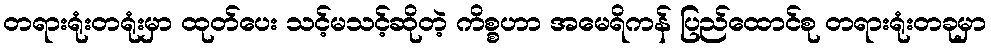
တရားရုံးတရုံးမှာ ထုတ်ပေး သင့်မသင့်ဆိုတဲ့ ကိစ္စဟာ အမေရိကန် ပြည်ထောင်စု တရားရုံးတခုမှာ